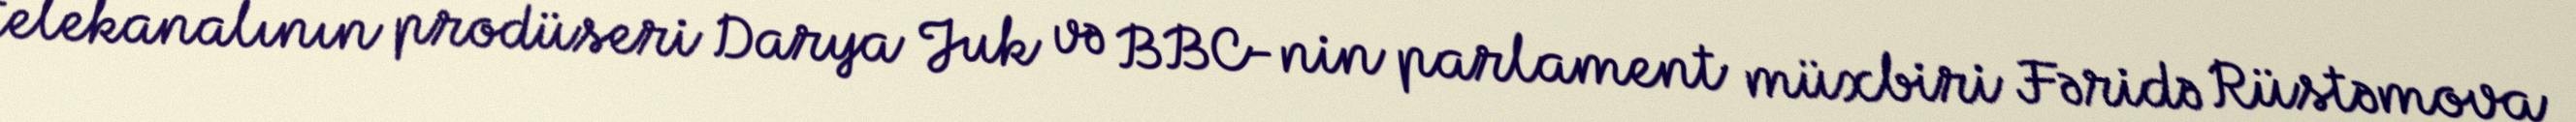
telekanalının prodüseri Darya Juk və BBC-nin parlament müxbiri Fəridə Rüstəmova